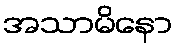
အသာမိနော